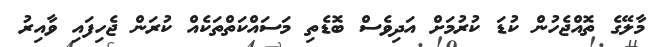
މާލޭގެ ތޮއްޖެހުން ކުޑަ ކުރުމަށް އަދިވެސް ބޮޑެތި މަސައްކަތްތަކެއް ކުރަން ޖެހިފައި ވާއިރު